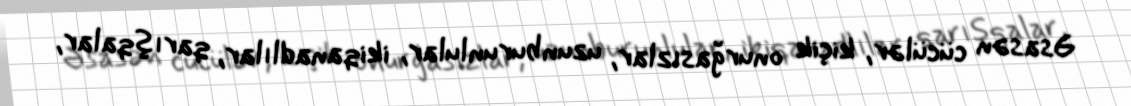
Əsasən cücülər, kiçik onurğasızlar, uzunburunlular, ikiqanadlılar, qarışqalar,